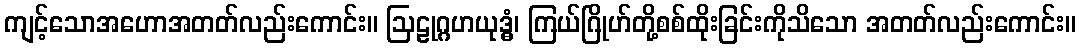
ကျင့်သောအဟောအတတ်လည်းကောင်း။ ဩဠုဂ္ဂဟယုဒ္ဓံ၊ ကြယ်ဂြိုဟ်တို့စစ်ထိုးခြင်းကိုသိသော အတတ်လည်းကောင်း။